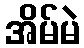
အိမ်မဲ